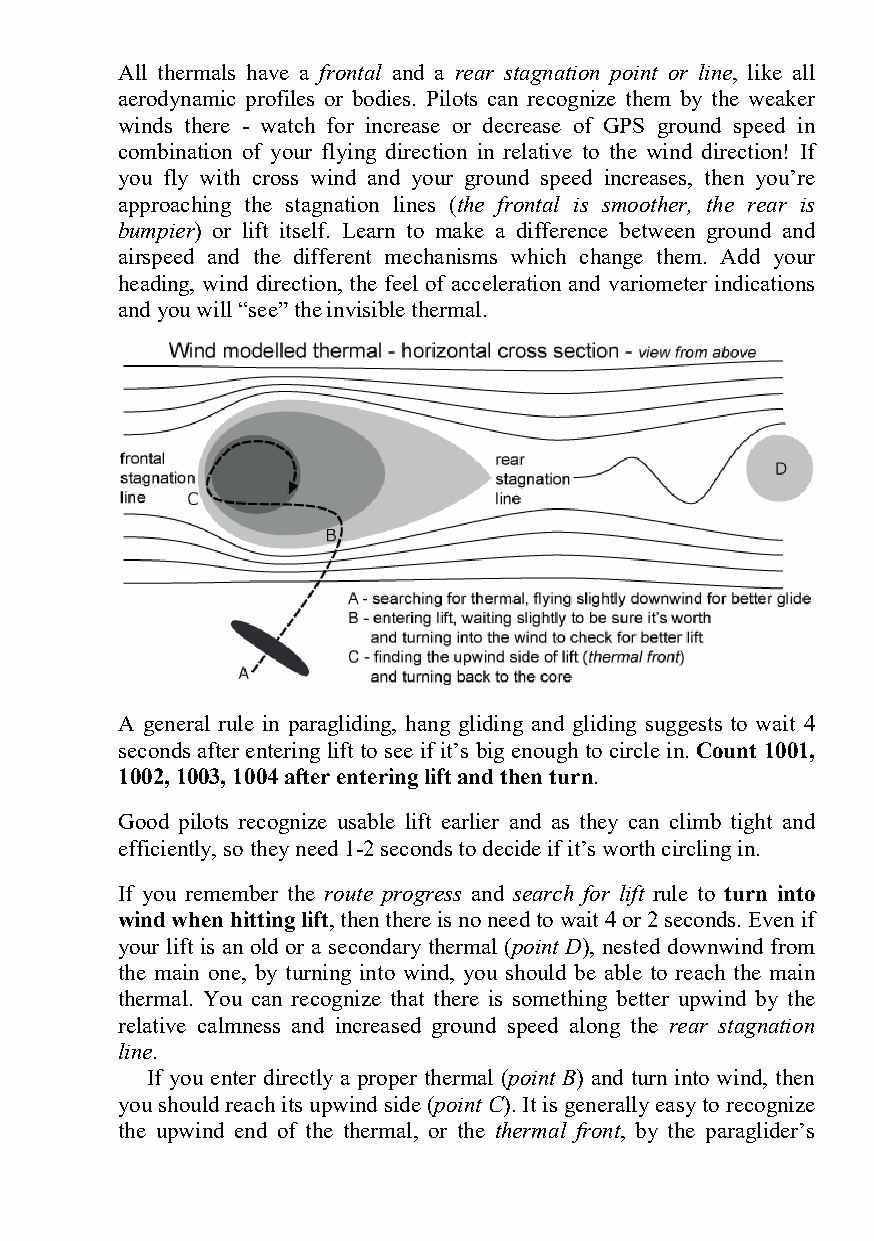
All thermals have a frontal and a rear stagnation point or line, like all
 aerodynamic profiles or bodies. Pilots can recognize them by the weaker
 winds there - watch for increase or decrease of GPS ground speed in
 combination of your flying direction in relative to the wind direction! If
 you fly with cross wind and your ground speed increases, then you’re
 approaching the stagnation lines (the frontal is smoother, the rear is
 bumpier) or lift itself. Learn to make a difference between ground and
 airspeed and the different mechanisms which change them. Add your
 heading, wind direction, the feel of acceleration and variometer indications
 and you will “see” the invisible thermal.
 A general rule in paragliding, hang gliding and gliding suggests to wait 4
 seconds after entering lift to see if it’s big enough to circle in. Count 1001,
 1002, 1003, 1004 after entering lift and then turn.
 Good pilots recognize usable lift earlier and as they can climb tight and
 efficiently, so they need 1-2 seconds to decide if it’s worth circling in.
 If you remember the route progress and search for lift rule to turn into
 wind when hitting lift, then there is no need to wait 4 or 2 seconds. Even if
 your lift is an old or a secondary thermal (point D), nested downwind from
 the main one, by turning into wind, you should be able to reach the main
 thermal. You can recognize that there is something better upwind by the
 relative calmness and increased ground speed along the rear stagnation
 line.
 If you enter directly a proper thermal (point B) and turn into wind, then
 you should reach its upwind side (point C). It is generally easy to recognize
 the upwind end of the thermal, or the thermal front, by the paraglider’s